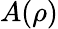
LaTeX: A(\rho)